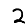
Digit: 2